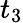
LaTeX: t_{3}